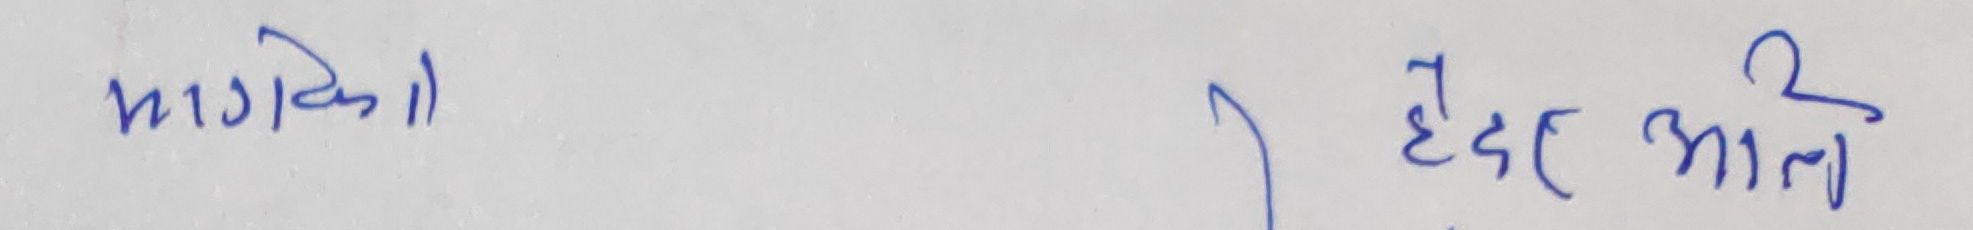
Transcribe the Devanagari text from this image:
भागको ।। हैदर अली